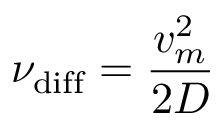
\nu _ { \mathrm { d i f f } } = \frac { v _ { m } ^ { 2 } } { 2 D }